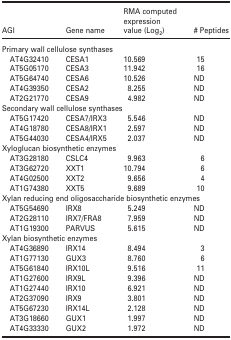
<table><thead><tr><td><b>AGI</b></td><td><b>Gene name</b></td><td><b>RMA computed expression value (Log<sub>2</sub>)</b></td><td><b># Peptides</b></td></tr></thead><tbody><tr><td colspan="4">Primary wall cellulose synthases</td></tr><tr><td> AT4G32410</td><td>CESA1</td><td>10.569</td><td>15</td></tr><tr><td> AT5G05170</td><td>CESA3</td><td>11.942</td><td>16</td></tr><tr><td> AT5G64740</td><td>CESA6</td><td>10.526</td><td>ND</td></tr><tr><td> AT4G39350</td><td>CESA2</td><td>8.255</td><td>ND</td></tr><tr><td> AT2G21770</td><td>CESA9</td><td>4.982</td><td>ND</td></tr><tr><td colspan="4">Secondary wall cellulose synthases</td></tr><tr><td> AT5G17420</td><td>CESA7/IRX3</td><td>5.546</td><td>ND</td></tr><tr><td> AT4G18780</td><td>CESA8/IRX1</td><td>2.597</td><td>ND</td></tr><tr><td> AT5G44030</td><td>CESA4/IRX5</td><td>2.037</td><td>ND</td></tr><tr><td colspan="4">Xyloglucan biosynthetic enzymes</td></tr><tr><td> AT3G28180</td><td>CSLC4</td><td>9.963</td><td>6</td></tr><tr><td> AT3G62720</td><td>XXT1</td><td>10.794</td><td>6</td></tr><tr><td> AT4G02500</td><td>XXT2</td><td>9.656</td><td>4</td></tr><tr><td> AT1G74380</td><td>XXT5</td><td>9.689</td><td>10</td></tr><tr><td colspan="4">Xylan reducing end oligosaccharide biosynthetic enzymes</td></tr><tr><td> AT5G54690</td><td>IRX8</td><td>5.249</td><td>ND</td></tr><tr><td> AT2G28110</td><td>IRX7/FRA8</td><td>7.959</td><td>ND</td></tr><tr><td> AT1G19300</td><td>PARVUS</td><td>5.615</td><td>ND</td></tr><tr><td colspan="4">Xylan biosynthetic enzymes</td></tr><tr><td> AT4G36890</td><td>IRX14</td><td>8.494</td><td>3</td></tr><tr><td> AT1G77130</td><td>GUX3</td><td>8.760</td><td>6</td></tr><tr><td> AT5G61840</td><td>IRX10L</td><td>9.516</td><td>11</td></tr><tr><td> AT1G27600</td><td>IRX9L</td><td>9.396</td><td>ND</td></tr><tr><td> AT1G27440</td><td>IRX10</td><td>6.921</td><td>ND</td></tr><tr><td> AT2G37090</td><td>IRX9</td><td>3.801</td><td>ND</td></tr><tr><td> AT5G67230</td><td>IRX14L</td><td>2.128</td><td>ND</td></tr><tr><td> AT3G18660</td><td>GUX1</td><td>1.997</td><td>ND</td></tr><tr><td> AT4G33330</td><td>GUX2</td><td>1.972</td><td>ND</td></tr></tbody></table>